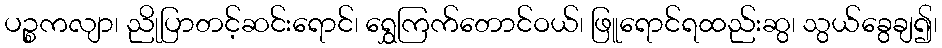
ပဉ္စကလျာ၊ ညိုပြာတင့်ဆင်းရောင်၊ ရွှေကြက်တောင်ဝယ်၊ ဖြူရောင်ရထည်းဆွ၊ သွယ်ခွေချ၍၊